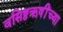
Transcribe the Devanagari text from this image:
वसिष्ठऋषींच्या